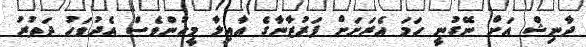
ދާނިޝް އަށް ނޭގުނީ ހަމަ އެރަށަށް ފަރުޒާނާގެ އާއިލާ މީހުންވެސް އެދުވަހު ދަތުރު